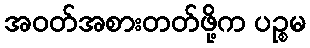
အဝတ်အစားတတ်ဖို့က ပဉ္စမ